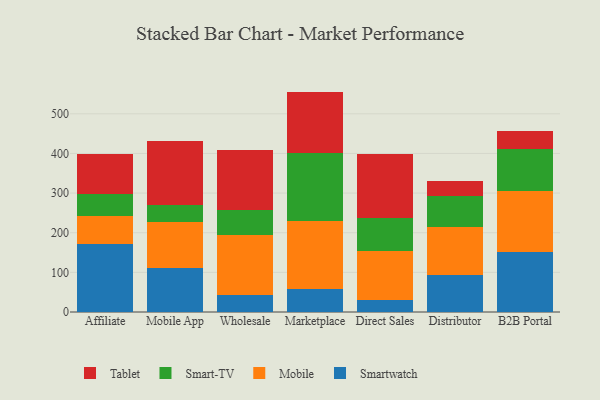
{"axis": {"x": "Channel", "y": "Active Users"}, "legend": ["Mobile", "Smart-TV", "Smartwatch", "Tablet"], "data": [{"x": "Affiliate", "y": 172.0, "type": "Smartwatch"}, {"x": "Affiliate", "y": 70.5, "type": "Mobile"}, {"x": "Affiliate", "y": 54.9, "type": "Smart-TV"}, {"x": "Affiliate", "y": 101.3, "type": "Tablet"}, {"x": "Mobile App", "y": 110.6, "type": "Smartwatch"}, {"x": "Mobile App", "y": 117.4, "type": "Mobile"}, {"x": "Mobile App", "y": 42.9, "type": "Smart-TV"}, {"x": "Mobile App", "y": 160.2, "type": "Tablet"}, {"x": "Wholesale", "y": 43.5, "type": "Smartwatch"}, {"x": "Wholesale", "y": 150.3, "type": "Mobile"}, {"x": "Wholesale", "y": 63.1, "type": "Smart-TV"}, {"x": "Wholesale", "y": 151.0, "type": "Tablet"}, {"x": "Marketplace", "y": 59.1, "type": "Smartwatch"}, {"x": "Marketplace", "y": 170.1, "type": "Mobile"}, {"x": "Marketplace", "y": 172.0, "type": "Smart-TV"}, {"x": "Marketplace", "y": 154.8, "type": "Tablet"}, {"x": "Direct Sales", "y": 30.7, "type": "Smartwatch"}, {"x": "Direct Sales", "y": 123.4, "type": "Mobile"}, {"x": "Direct Sales", "y": 84.3, "type": "Smart-TV"}, {"x": "Direct Sales", "y": 161.2, "type": "Tablet"}, {"x": "Distributor", "y": 93.5, "type": "Smartwatch"}, {"x": "Distributor", "y": 121.6, "type": "Mobile"}, {"x": "Distributor", "y": 77.4, "type": "Smart-TV"}, {"x": "Distributor", "y": 38.8, "type": "Tablet"}, {"x": "B2B Portal", "y": 150.6, "type": "Smartwatch"}, {"x": "B2B Portal", "y": 155.7, "type": "Mobile"}, {"x": "B2B Portal", "y": 104.1, "type": "Smart-TV"}, {"x": "B2B Portal", "y": 45.2, "type": "Tablet"}]}